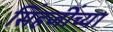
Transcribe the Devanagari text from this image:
सिंहजींच्या